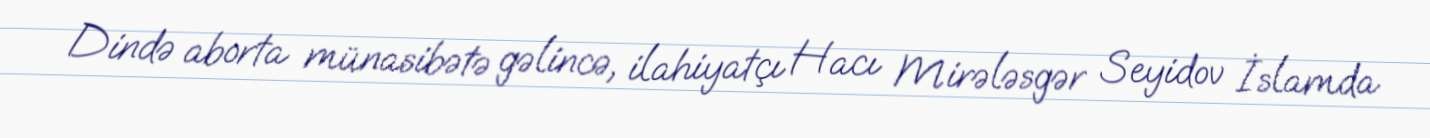
Dində aborta münasibətə gəlincə, ilahiyatçı Hacı Mirələsgər Seyidov İslamda